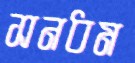
সনধম